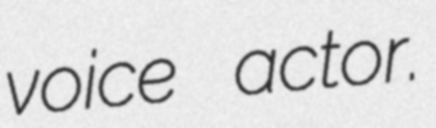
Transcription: voice actor.